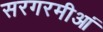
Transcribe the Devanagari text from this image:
सरगरमीआं